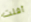
أفلت